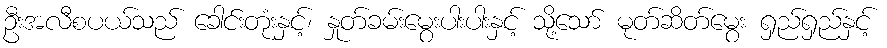
ဦးအလီစပယ်သည် ခေါင်းတုံးနှင့်၊ နှုတ်ခမ်းမွေးပါးပါးနှင့် သို့သော် မုတ်ဆိတ်မွေး ရှည်ရှည်နှင့်